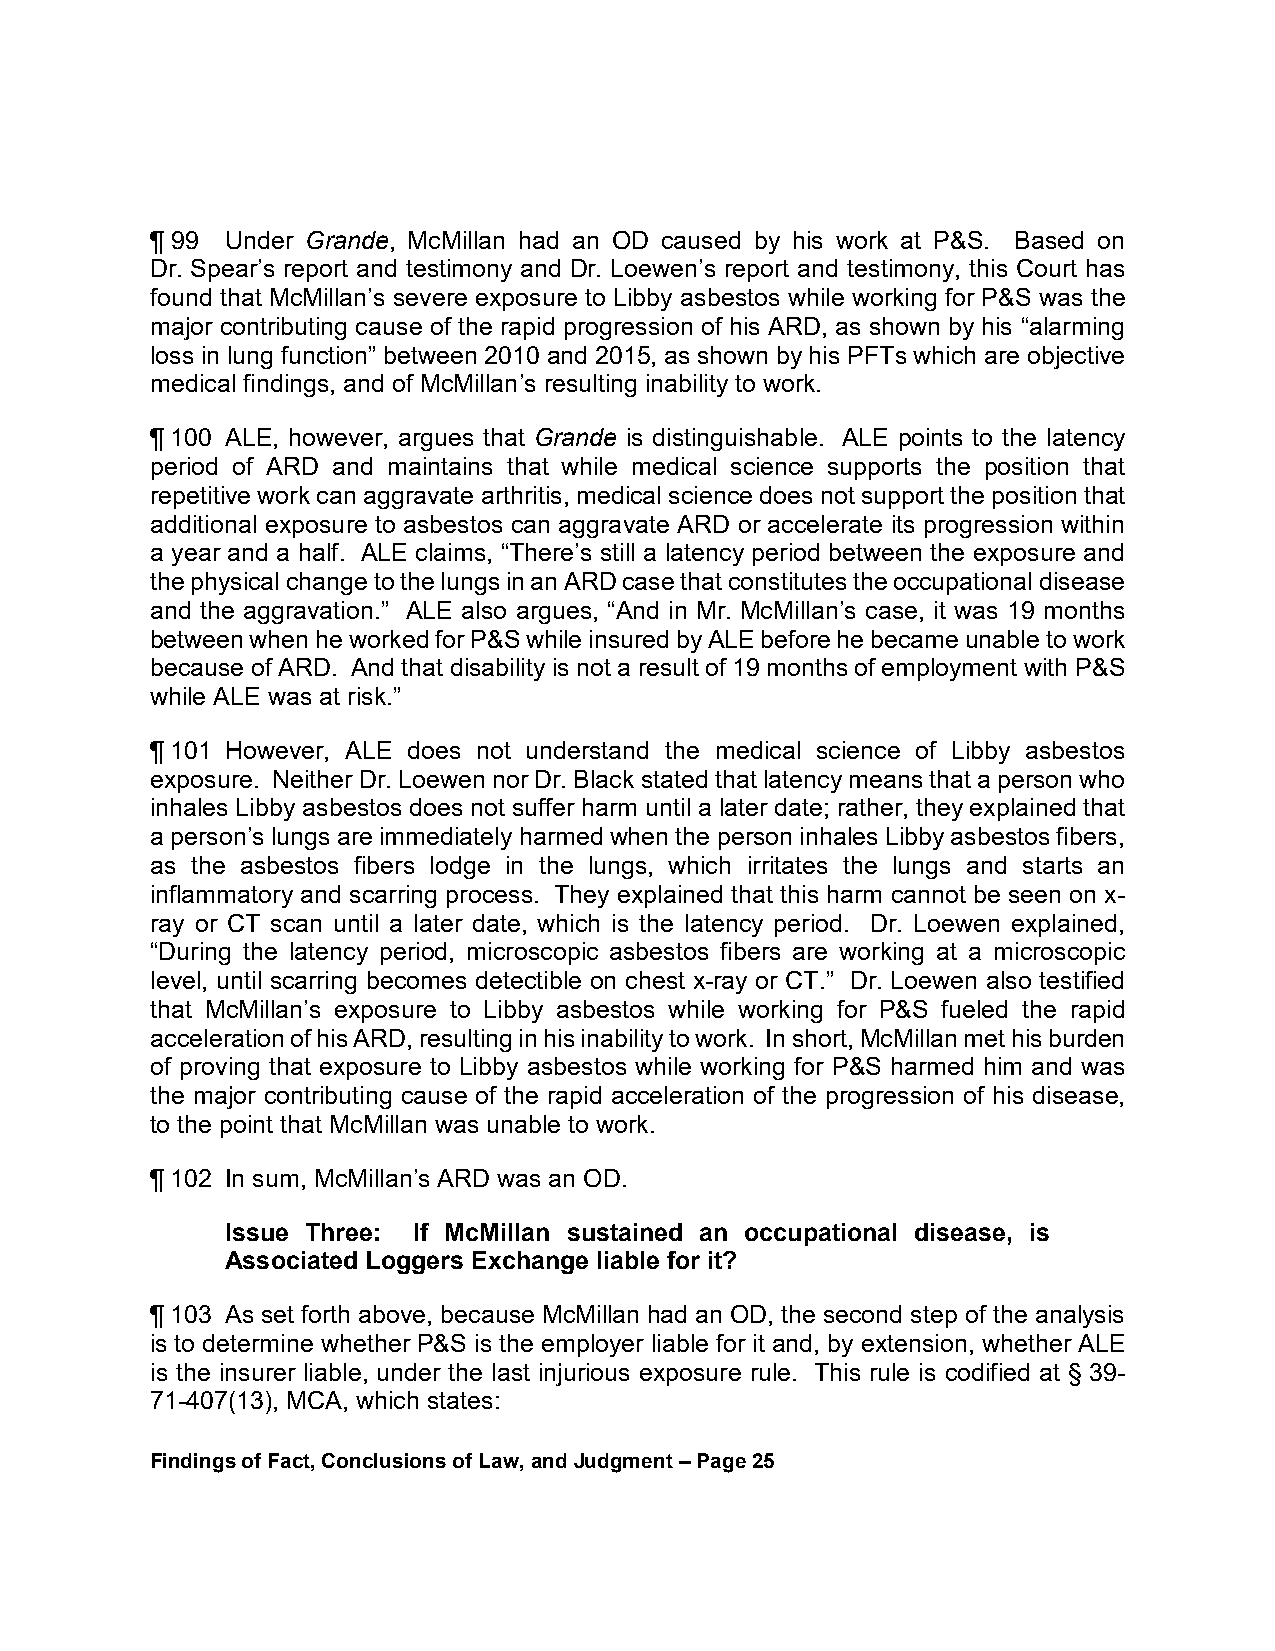
¶ 99 Under Grande, McMillan had an OD caused by his work at P&S. Based on
 Dr. Spear’s report and testimony and Dr. Loewen’s report and testimony, this Court has
 found that McMillan’s severe exposure to Libby asbestos while working for P&S was the
 major contributing cause of the rapid progression of his ARD, as shown by his “alarming
 loss in lung function” between 2010 and 2015, as shown by his PFTs which are objective
 medical findings, and of McMillan’s resulting inability to work.
 ¶ 100 ALE, however, argues that Grande is distinguishable. ALE points to the latency
 period of ARD and maintains that while medical science supports the position that
 repetitive work can aggravate arthritis, medical science does not support the position that
 additional exposure to asbestos can aggravate ARD or accelerate its progression within
 a year and a half. ALE claims, “There’s still a latency period between the exposure and
 the physical change to the lungs in an ARD case that constitutes the occupational disease
 and the aggravation.” ALE also argues, “And in Mr. McMillan’s case, it was 19 months
 between when he worked for P&S while insured by ALE before he became unable to work
 because of ARD. And that disability is not a result of 19 months of employment with P&S
 while ALE was at risk.”
 ¶ 101 However, ALE does not understand the medical science of Libby asbestos
 exposure. Neither Dr. Loewen nor Dr. Black stated that latency means that a person who
 inhales Libby asbestos does not suffer harm until a later date; rather, they explained that
 a person’s lungs are immediately harmed when the person inhales Libby asbestos fibers,
 as the asbestos fibers lodge in the lungs, which irritates the lungs and starts an
 inflammatory and scarring process. They explained that this harm cannot be seen on x-
 ray or CT scan until a later date, which is the latency period. Dr. Loewen explained,
 “During the latency period, microscopic asbestos fibers are working at a microscopic
 level, until scarring becomes detectible on chest x-ray or CT.” Dr. Loewen also testified
 that McMillan’s exposure to Libby asbestos while working for P&S fueled the rapid
 acceleration of his ARD, resulting in his inability to work. In short, McMillan met his burden
 of proving that exposure to Libby asbestos while working for P&S harmed him and was
 the major contributing cause of the rapid acceleration of the progression of his disease,
 to the point that McMillan was unable to work.
 ¶ 102 In sum, McMillan’s ARD was an OD.
 Issue Three: If McMillan sustained an occupational disease, is
 Associated Loggers Exchange liable for it?
 ¶ 103 As set forth above, because McMillan had an OD, the second step of the analysis
 is to determine whether P&S is the employer liable for it and, by extension, whether ALE
 is the insurer liable, under the last injurious exposure rule. This rule is codified at § 39-
 71-407(13), MCA, which states:
 Findings of Fact, Conclusions of Law, and Judgment – Page 25